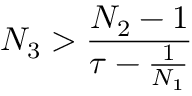
N _ { 3 } > \frac { N _ { 2 } - 1 } { \tau - \frac { 1 } { N _ { 1 } } }